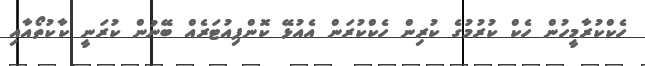
ހެކްކުރާމީހުން ހެކް ކުރުމުގެ ކުރިން ހެކްކުރަން އެއުޅޭ ކޮންޕިއުޓަރެއް ބޭނުން ކުރަނީ ކާކުތޯއާއި